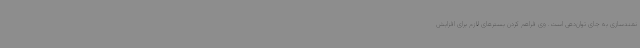
نمندسازی به جای توان‌دهی است. وی فراهم کردن بسترهای لازم برای افزایش